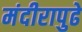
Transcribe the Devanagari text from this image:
मंदीरापुढे